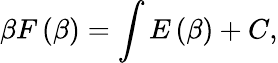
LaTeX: \beta F\left(\beta\right)=\int E\left(\beta\right)+C,